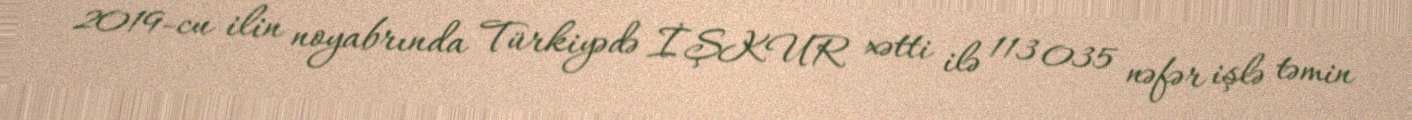
2019-cu ilin noyabrında Türkiyədə İŞKUR xətti ilə 113 035 nəfər işlə təmin